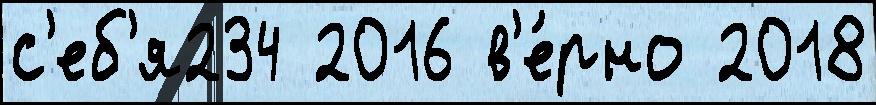
с'еб'я234 2016 в'е́рно 2018